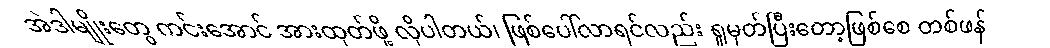
အဲဒါမျိုးတွေ ကင်းအောင် အားထုတ်ဖို့ လိုပါတယ်၊ ဖြစ်ပေါ်လာရင်လည်း ရှုမှတ်ပြီးတော့ဖြစ်စေ တစ်ဖန်